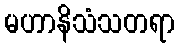
မဟာနိသံသတရာ